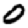
Digit: 0